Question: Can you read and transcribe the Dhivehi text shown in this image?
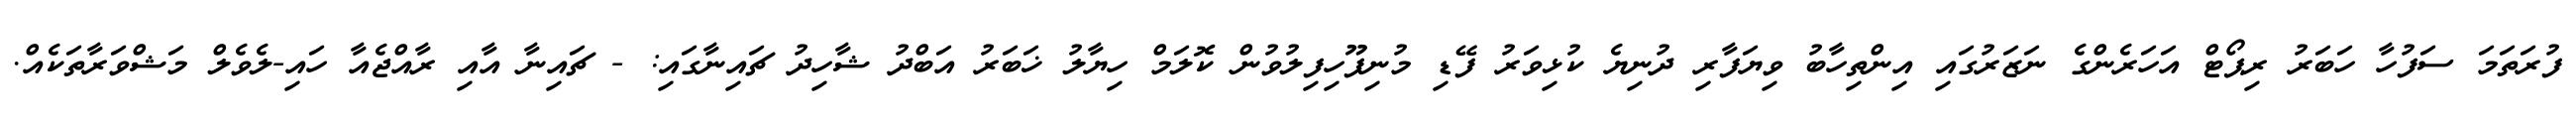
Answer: ފުރަތަމަ ސަފުހާ ހަބަރު ރިޕޯޓް އަހަރެންގެ ނަޒަރުގައި އިންތިހާބު ވިޔަފާރި ދުނިޔެ ކުޅިވަރު ފޭޑި މުނިފޫހިފިލުވުން ކޮލަމް ހިޔާލު ޚަބަރު އަބްދު ޝާހިދު ޗައިނާގައި: - ޗައިނާ އާއި ރާއްޖެއާ ހައި-ލެވެލް މަޝްވަރާތަކެއް.